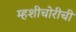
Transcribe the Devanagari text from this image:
म्हशीचोरीची